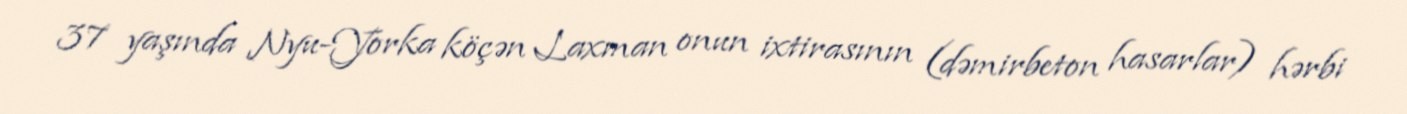
37 yaşında Nyu-Yorka köçən Laxman onun ixtirasının (dəmirbeton hasarlar) hərbi